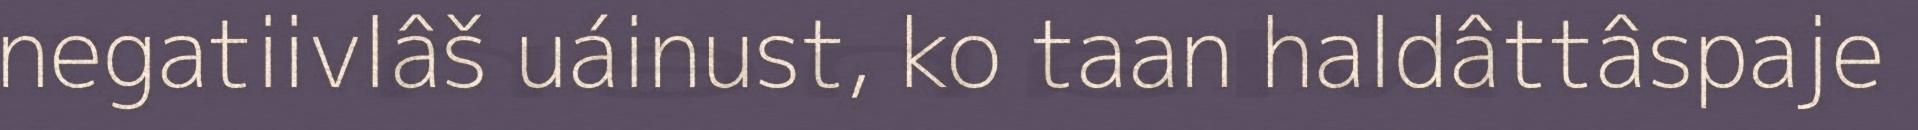
negatiivlâš uáinust, ko taan haldâttâspaje